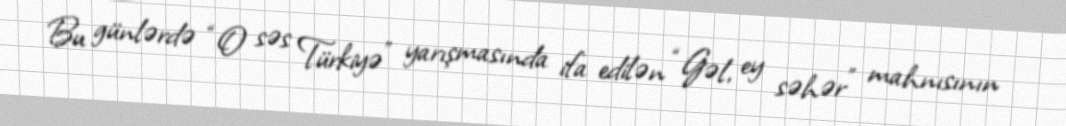
Bu günlərdə “O səs Türkiyə” yarışmasında ifa edilən “Gəl, ey səhər” mahnısının